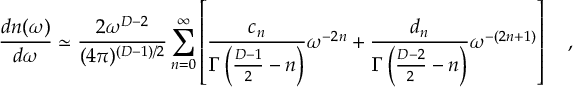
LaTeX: { \frac { d n ( \omega ) } { d \omega } } \simeq { \frac { 2 \omega ^ { D - 2 } } { ( 4 \pi ) ^ { ( D - 1 ) / 2 } } } \sum _ { n = 0 } ^ { \infty } \left[ { \frac { c _ { n } } { \Gamma \left( { \frac { D - 1 } { 2 } } - n \right) } } \omega ^ { - 2 n } + { \frac { d _ { n } } { \Gamma \left( { \frac { D - 2 } { 2 } } - n \right) } } \omega ^ { - ( 2 n + 1 ) } \right] ~ ~ ~ ,